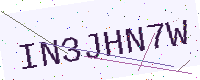
Text: IN3JHN7W